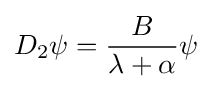
D_{2}\psi ={\frac {B}{\lambda +\alpha }}\psi